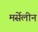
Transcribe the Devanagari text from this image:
मर्सेलीन